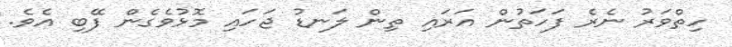
ހިތްވަރު ނެރެ ފަހަތުން އަރައި ތިން ލަނޑު ޖަހައި މޮޅުވެގެން ފޭބި އެވެ.